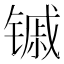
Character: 𬭭